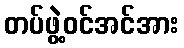
တပ်ဖွဲ့ဝင်အင်အား